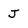
Character: J